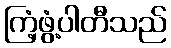
ကြံ့ဖွံ့ပါတီသည်